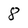
Character: 8